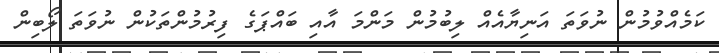
ކަމެއްވުމުން ނުވަތަ އަނިޔާއެއް ލިބުމުން މަންމަ އާއި ބައްޕަގެ ފިރުމުންތަކުން ނުވަތަ ލޯބިން